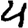
Digit: 4